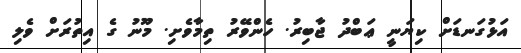
އަޅުގަނޑަށް ކިޔަނީ ޢަބްދު ޖާބިރު. ހެންވޭރު ތިމާވެށި. މޫނު ގެ އިތުރަށް ވެލި